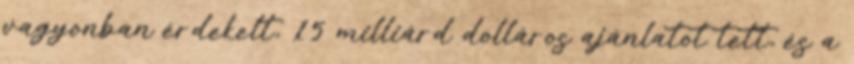
vagyonban érdekelt, 15 milliárd dolláros ajánlatot tett, és a